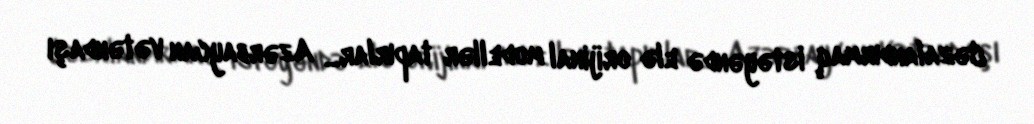
Cəzalandırmaq istəyəndə elə orijinal modellər tapırlar... Azərbaycan vətəndaşı